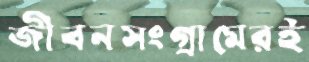
জীবনসংগ্রামেরই